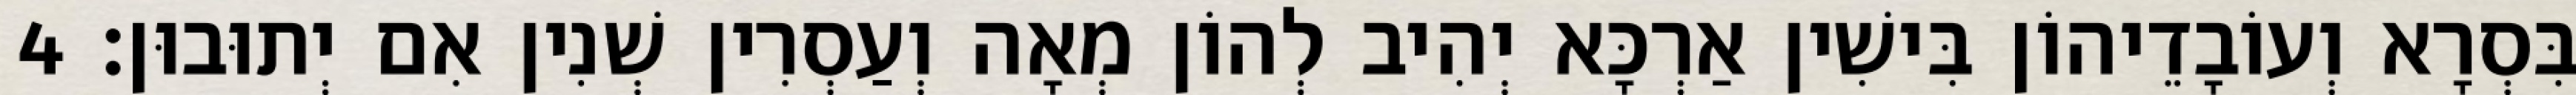
בִּסְרָא וְעוֹבָדֵיהוֹן בִּישִׁין אַרְכָּא יְהִיב לְהוֹן מְאָה וְעַסְרִין שְׁנִין אִם יְתוּבוּן׃ 4